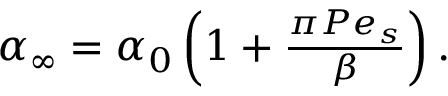
\begin{array} { r } { \alpha _ { \infty } = \alpha _ { 0 } \left( 1 + \frac { \pi P e _ { s } } { \beta } \right) . } \end{array}